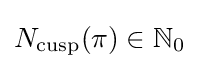
N_{\text{cusp}}(\pi )\in \mathbb {N} _{0}